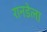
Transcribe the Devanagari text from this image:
रानडेला